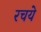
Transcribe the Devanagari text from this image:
रचये